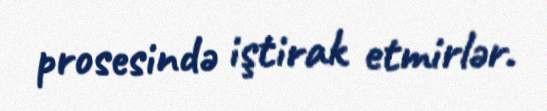
prosesində iştirak etmirlər.